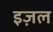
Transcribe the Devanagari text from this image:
इज़ल